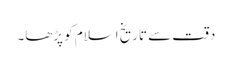
دقت سے تاریخ اسلام کو پڑھا۔